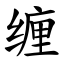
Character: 缠